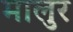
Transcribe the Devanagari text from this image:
मालुर